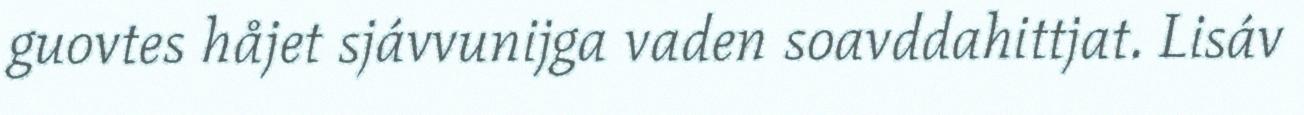
guovtes håjet sjávvunijga vaden soavddahittjat. Lisáv